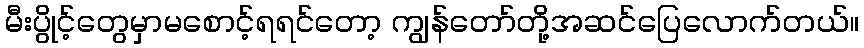
မီးပွိုင့်တွေမှာမစောင့်ရရင်တော့ ကျွန်တော်တို့အဆင်ပြေလောက်တယ်။